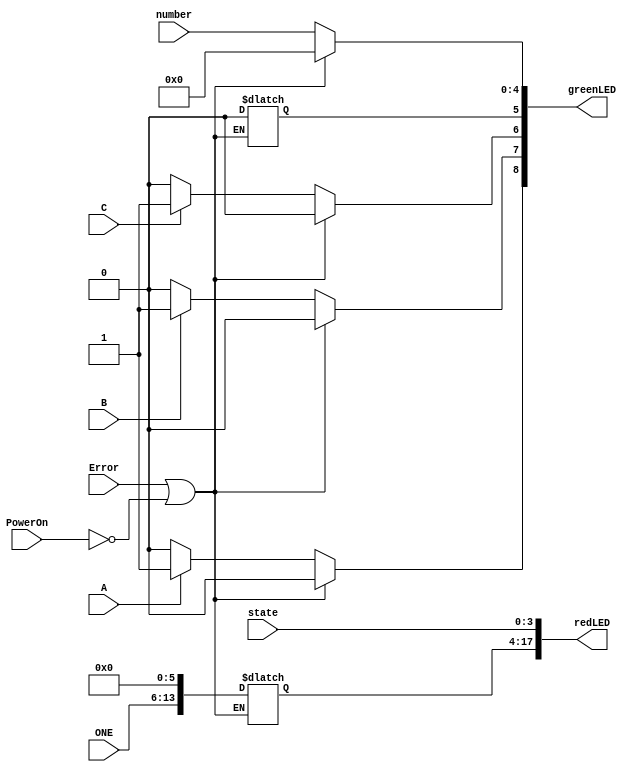
module LED_Lighting (redLED, greenLED, Error, PowerOn, A, B, C, state, number, ONE);
	output reg [17:0] redLED;
	output reg [8:0] greenLED;
	input Error, PowerOn, A, B, C;
	input [3:0] state;
	input [4:0] number;
	input [7:0] ONE;
	
	always @ (*)
	begin
		if (Error | ~PowerOn)
	//Turn on all red LEDs and turn off green LEDs
		begin
			//redLED = 18'H3FFFF;
			redLED[3:0] = state;
			greenLED[8:0] = 9'H0;	
		end
		else
	//Turn on all green LEDs and turn off red LEDs
		begin
			redLED = 18'H0;
			redLED[3:0] = state;
			greenLED[4:0] = number; 
			//greenLED = 9'H3F;
			
			redLED[17:10] = ONE;
			
			if (A)
				greenLED[8] = 1;
			else
				greenLED[8] = 0;
			
			if (B)
				greenLED[7] = 1;
			else
				greenLED[7] = 0;	
				
			if (C)
				greenLED[6] = 1;
			else
				greenLED[6] = 0;
		end
	end 
endmodule